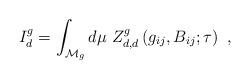
LaTeX: \begin{align*} I^g_d=\int_{{\cal{M}}_g} d\mu~ Z_{d,d}^g\left(g_{ij},B_{ij};\tau\right) \ ,\end{align*}